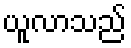
ယူလာသည်